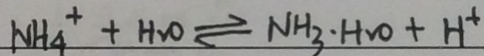
N H _ { 4 } ^ { + } + H _ { 2 } O \rightleftharpoons N H _ { 3 } \cdot H _ { 2 } O + H ^ { + }